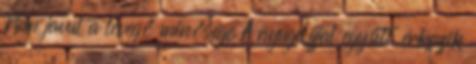
Nem javul a levegő minősége A nyugdíjjal együtt érkezik